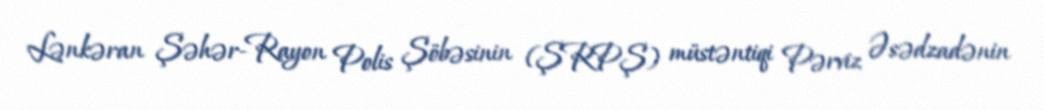
Lənkəran Şəhər-Rayon Polis Şöbəsinin (ŞRPŞ) müstəntiqi Pərviz Əsədzadənin